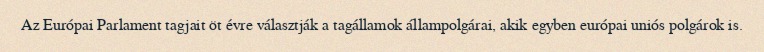
Az Európai Parlament tagjait öt évre választják a tagállamok állampolgárai, akik egyben európai uniós polgárok is.